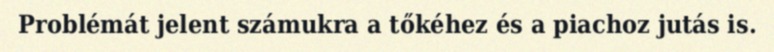
Problémát jelent számukra a tőkéhez és a piachoz jutás is.